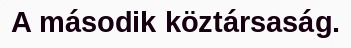
A második köztársaság.